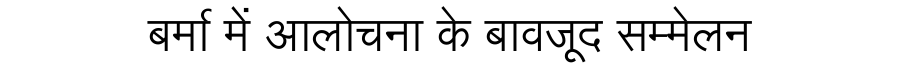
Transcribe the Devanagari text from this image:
बर्मा में आलोचना के बावजूद सम्मेलन